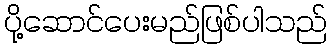
ပို့ဆောင်ပေးမည်ဖြစ်ပါသည်